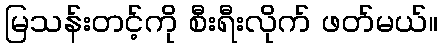
မြသန်းတင့်ကို စီးရီးလိုက် ဖတ်မယ်။